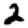
Digit: 2